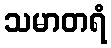
သမာတရံ